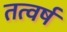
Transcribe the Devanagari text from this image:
तत्वर्ष